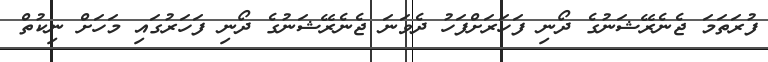
ފުރަތަމަ ޖެނެރޭޝަނުގެ ދޯނި ފަހަރަށްފަހު ދެވަނަ ޖެނެރޭޝަނުގެ ދޯނި ފަހަރުގައި މަހަށް ނިކުތް